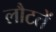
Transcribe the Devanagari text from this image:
लौटतें